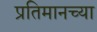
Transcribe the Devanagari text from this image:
प्रतिमानच्या